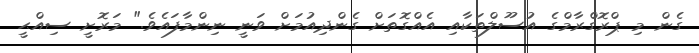
ގެން މި ޕްރޮގްރާމްގެ އުސޫލްތަކާއި އެއްގޮތަށް ގެންދިއުމަށް ވަނީ ނިންމާފައެވެ." މަރޮށީ ސިއްޙީ